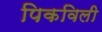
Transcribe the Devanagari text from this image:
पिकविली